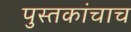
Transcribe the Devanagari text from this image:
पुस्तकांचाच